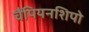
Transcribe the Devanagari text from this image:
चैंपियनशिपो